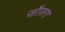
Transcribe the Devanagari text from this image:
जौज़रा